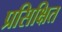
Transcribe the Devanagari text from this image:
प्रसिक्षित